Indian Civil Veterinary Department memoirs
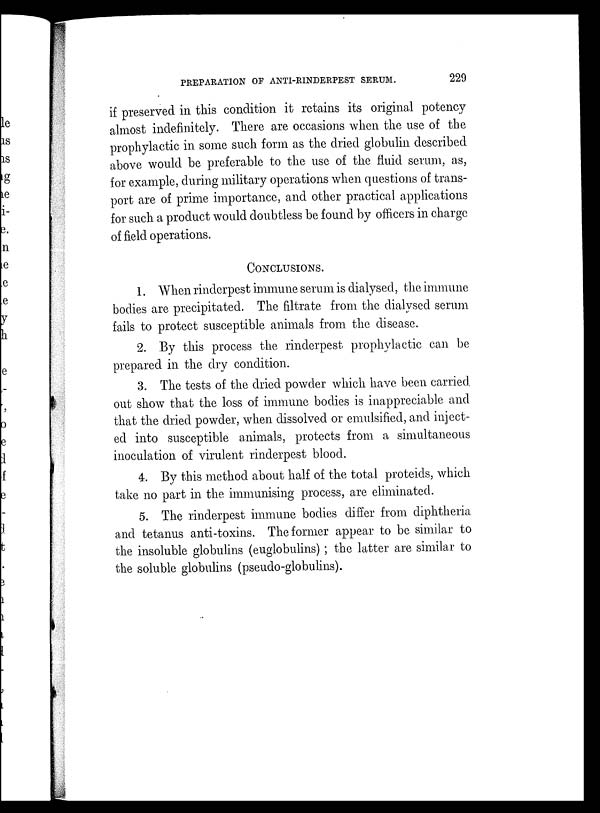
PREPARATION OF ANTI-RINDERPEST SERUM.
229
if preserved in this condition it retains its original potency
almost indefinitely. There are occasions when the use of the
prophylactic in some such form as the dried globulin described
above would be preferable to the use of the fluid serum, as,
for example, during military operations when questions of trans-
port are of prime importance, and other practical applications
for such a product would doubtless be found by officers in charge
of field operations.
CONCLUSIONS.
1. When rinderpest immune serum is dialysed, the immune
bodies are precipitated. The filtrate from the dialysed serum
fails to protect susceptible animals from the disease.
2. By this process the rinderpest prophylactic can be
prepared in the dry condition.
3. The tests of the dried powder which have been carried
out show that the loss of immune bodies is inappreciable and
that the dried powder, when dissolved or emulsified, and inject-
ed into susceptible animals, protects from a simultaneous
inoculation of virulent rinderpest blood.
4. By this method about half of the total proteids, which
take no part in the immunising process, are eliminated.
5. The rinderpest immune bodies differ from diphtheria
and tetanus anti-toxins. The former appear to be similar to
the insoluble globulins (euglobulins) ; the latter are similar to
the soluble globulins (pseudo-globulins).